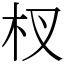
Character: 杈